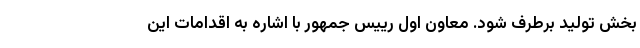
بخش تولید برطرف شود. معاون اول رییس جمهور با اشاره به اقدامات این